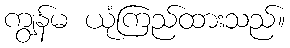
ကျွန်မ ယုံကြည်ထားသည်။